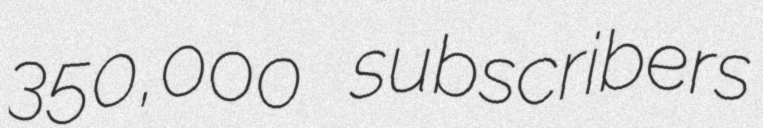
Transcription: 350,000 subscribers